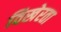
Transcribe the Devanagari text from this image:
विखेरता